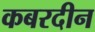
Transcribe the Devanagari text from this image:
कबरदीन